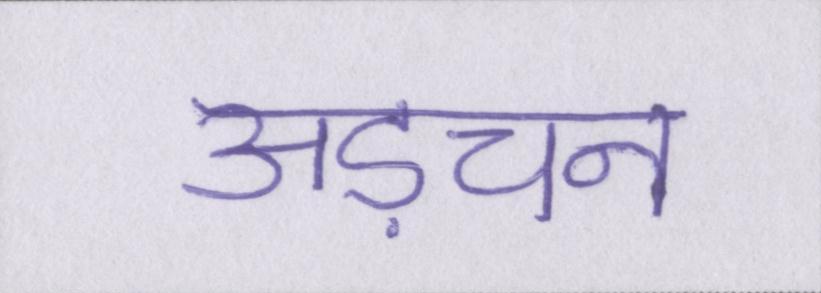
अड़चन